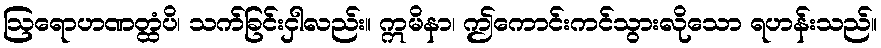
ဩရောဟဏတ္ထံပိ၊ သက်ခြင်းငှါလည်း။ ဣမိနာ၊ ဤကောင်းကင်သွားလိုသော ရဟန်းသည်။